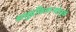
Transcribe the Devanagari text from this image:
समुद्रकिनार्‍यांमुळे